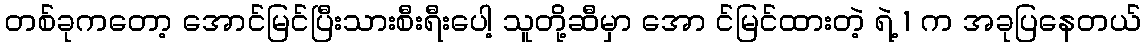
တစ်ခုကတော့ အောင်မြင်ပြီးသားစီးရီးပေါ့ သူတို့ဆီမှာ အော င်မြင်ထားတဲ့ ရဲ့ 1 က အခုပြနေတယ်